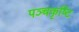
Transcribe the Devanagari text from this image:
पञ्चकृष्टि